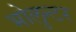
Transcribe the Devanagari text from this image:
भोलुन्टर